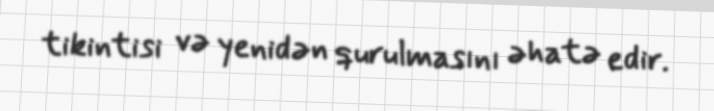
tikintisi və yenidən qurulmasını əhatə edir.